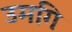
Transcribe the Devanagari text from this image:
उमगि